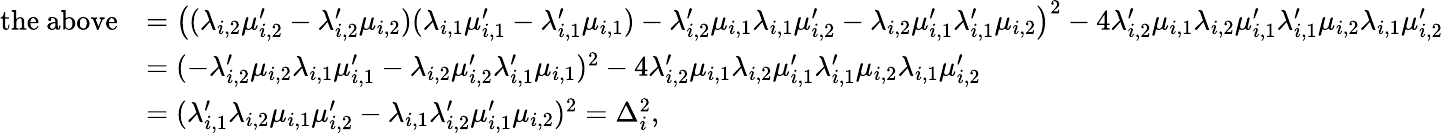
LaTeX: \begin{array}{rl}{\mathrm{the~above}}&{=\left((\lambda_{i,2}\mu_{i,2}^{\prime}-\lambda_{i,2}^{\prime}\mu_{i,2})(\lambda_{i,1}\mu_{i,1}^{\prime}-\lambda_{i,1}^{\prime}\mu_{i,1})-\lambda_{i,2}^{\prime}\mu_{i,1}\lambda_{i,1}\mu_{i,2}^{\prime}-\lambda_{i,2}\mu_{i,1}^{\prime}\lambda_{i,1}^{\prime}\mu_{i,2}\right)^{2}-4\lambda_{i,2}^{\prime}\mu_{i,1}\lambda_{i,2}\mu_{i,1}^{\prime}\lambda_{i,1}^{\prime}\mu_{i,2}\lambda_{i,1}\mu_{i,2}^{\prime}}\\ &{=(-\lambda_{i,2}^{\prime}\mu_{i,2}\lambda_{i,1}\mu_{i,1}^{\prime}-\lambda_{i,2}\mu_{i,2}^{\prime}\lambda_{i,1}^{\prime}\mu_{i,1})^{2}-4\lambda_{i,2}^{\prime}\mu_{i,1}\lambda_{i,2}\mu_{i,1}^{\prime}\lambda_{i,1}^{\prime}\mu_{i,2}\lambda_{i,1}\mu_{i,2}^{\prime}}\\ &{=(\lambda_{i,1}^{\prime}\lambda_{i,2}\mu_{i,1}\mu_{i,2}^{\prime}-\lambda_{i,1}\lambda_{i,2}^{\prime}\mu_{i,1}^{\prime}\mu_{i,2})^{2}=\Delta_{i}^{2},}\end{array}